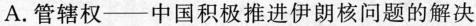
A.管辖权——中国积极推进伊朗核问题的解决